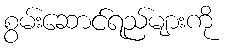
စွမ်းဆောင်ရည်များကို